Mental hospitals Bombay report 1929-33 - 1929-1933
Year: 1929
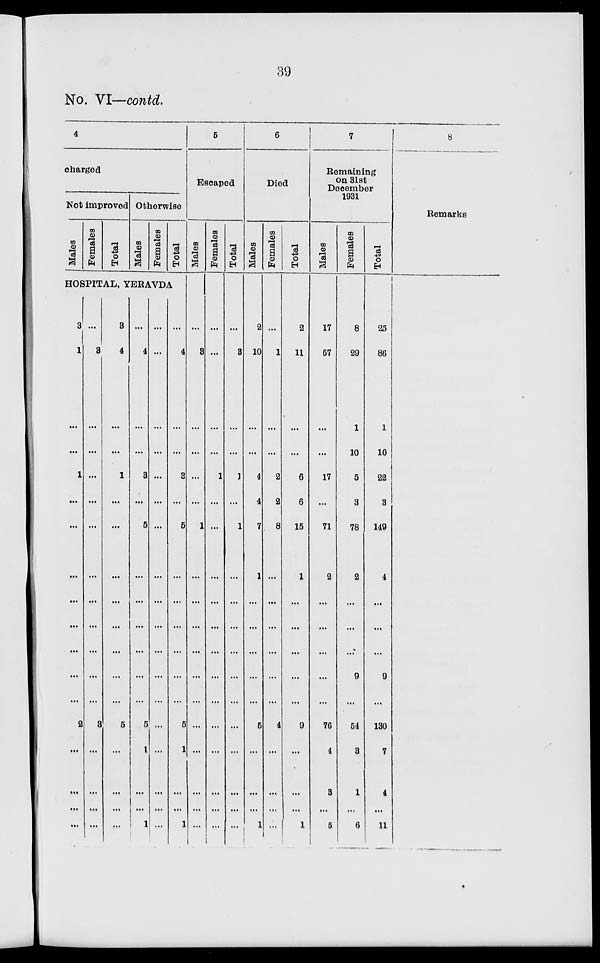
39
No. VI—contd.
4
charged
Not improved
Males
Females
Total
Otherwise
Males
Females
Total
HOSPITAL, YERAVDA
3
1
...
...
1
...
...
...
...
...
...
...
...
2
...
...
...
...
...
3
...
...
...
...
...
...
...
...
...
...
...
3
...
...
...
...
3
4
...
...
1
...
...
...
...
...
...
...
...
5
...
...
...
...
...
4
...
...
3
...
5
...
...
...
...
...
5
1
...
...
1
...
...
...
...
...
...
...
...
...
...
...
...
...
...
...
...
...
...
...
4
...
...
3
...
5
...
...
...
...
...
...
5
1
...
...
1
5
Escaped
Males
...
3
...
...
...
...
1
...
...
...
...
...
...
...
...
...
...
...
Females
...
...
...
...
1
...
...
...
...
...
...
...
...
...
...
...
...
...
Total
...
3
...
...
1
...
1
...
...
...
...
...
...
...
...
...
...
...
6
Died
Males
2
10
...
...
4
4
7
1
...
...
...
...
...
5
...
...
...
1
Females
...
1
...
...
2
2
8
...
...
...
...
...
...
4
...
...
...
...
Total
2
11
...
...
6
6
15
1
...
...
...
...
...
9
...
...
...
1
7
Remaining
on 31st
December
1931
Males
17
57
...
...
17
...
71
2
...
...
...
...
...
76
4
3
...
5
Females
8
29
1
10
5
3
78
2
...
...
...
9
...
54
3
1
...
6
Total
25
86
1
10
22
3
149
4
...
...
...
9
...
130
7
4
...
11
8
Remarks